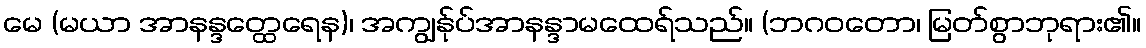
မေ (မယာ အာနန္ဒတ္ထေရေန)၊ အကျွန်ုပ်အာနန္ဒာမထေရ်သည်။ (ဘဂဝတော၊ မြတ်စွာဘုရား၏။